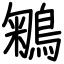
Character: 鵴